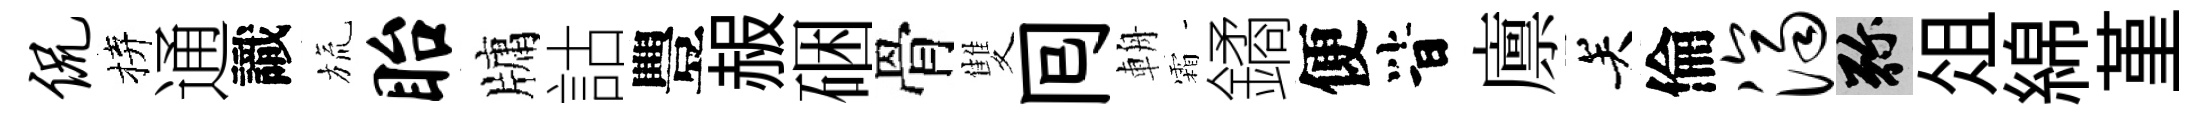
侃拚通識旒眙牗詁豐赧硱骨雙囘輈霜鐍便𣅜廪关倫济弥俎綿堇